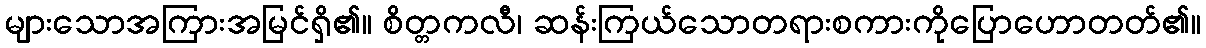
များသောအကြားအမြင်ရှိ၏။ စိတ္တကလီ၊ ဆန်းကြယ်သောတရားစကားကိုပြောဟောတတ်၏။